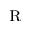
\textsc { r }